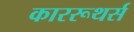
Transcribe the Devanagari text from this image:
काररूथर्स